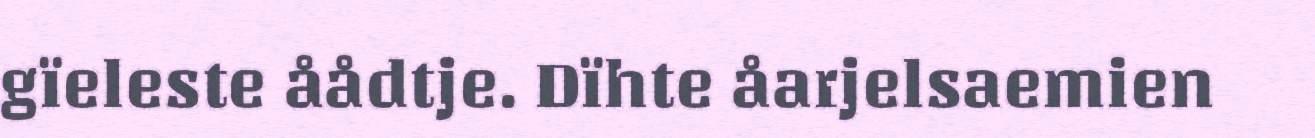
gïeleste åådtje. Dïhte åarjelsaemien